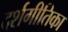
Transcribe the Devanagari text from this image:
दर्शगीतिका